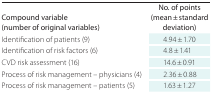
<table><thead><tr><td><b>Compound variable (number of original variables)</b></td><td><b>No. of points (mean ± standard deviation)</b></td></tr></thead><tbody><tr><td>Identification of patients (9)</td><td>4.94 ± 1.70</td></tr><tr><td>Identification of risk factors (6)</td><td>4.8 ± 1.41</td></tr><tr><td>CVD risk assessment (16)</td><td>14.6 ± 0.91</td></tr><tr><td>Process of risk management – physicians (4)</td><td>2.36 ± 0.88</td></tr><tr><td>Process of risk management – patients (5)</td><td>1.63 ± 1.27</td></tr></tbody></table>